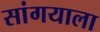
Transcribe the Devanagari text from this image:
सांगयाला